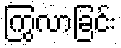
ကြွလာခြင်း